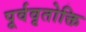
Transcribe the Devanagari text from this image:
पूर्ववृतोक्ति